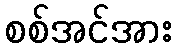
စစ်အင်အား